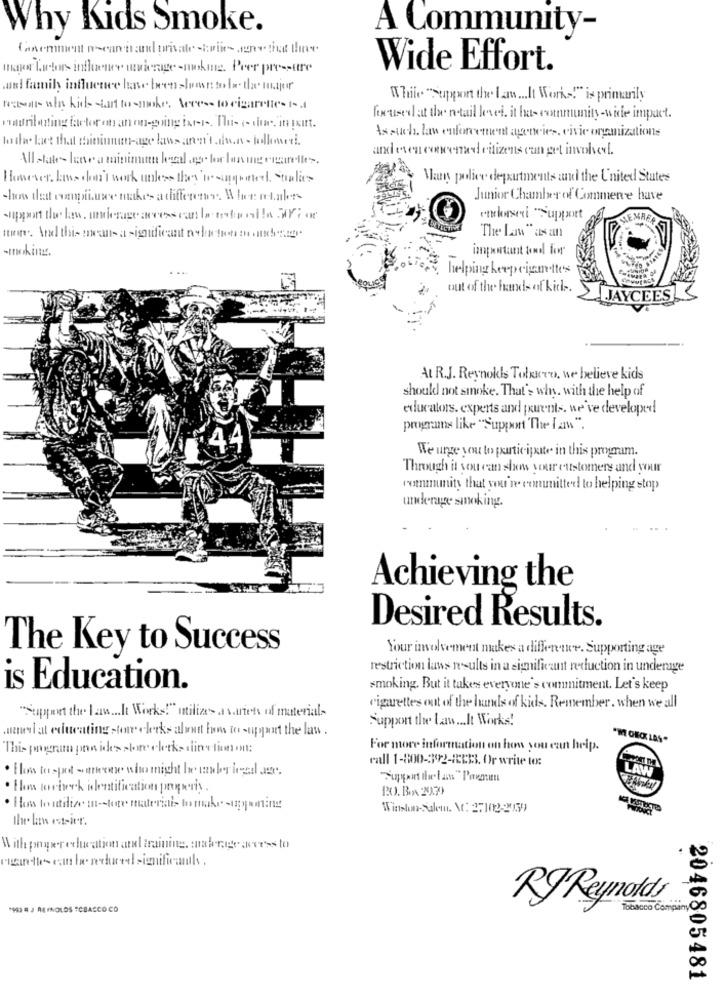
Why Kids Smoke.
A Community-
Conemment neart and private-triestethat fine
major Tutors inthenew wwierage -mokine. Peer pressure
Wide Effort.
and family influence have been=hours to la- the major
While "Support the law ... It Works!" is primarily
ramal-win kide start tosmoke, Aeres- to cigarette-1-
foxused at the retail level. it ha- community-wide impact.
wouributing factor on an on-going ist --. This e- thue, in point.
to the fact that maininnut-age law- aren't dwa - follonesi.
Assuch, law enforcement agencies, civic organizations
and even concemed citizens can get involved.
Allstate~ lane a minimum legal ap for laangegarelles.
However. low- don't work unless they issoquetel Studies
Mans police departments and the United States
how dat compilare makes a difference. Whentake
Junior Chamber of Commerce have
enclosedi Support
The Law " as an
important towol fen
.. +
helping herprigamettes
out of the hands of kids
JAYCEES
At R.J. Reynolds Tobarro, we believe kids
should not smoke. That's why. with the help of
educators. experts and parents. we've developed
programs like "Support "The law".
4
We urge you to participate in this program.
Through it you can show your customers and your
vommunity that you're comunitted to helping stop
underage smoking.
Achieving the
Desired Results.
The Key to Success
Your involvement makes a difference. Supporting age
restriction laws results in a significant reduction in underage
is Education.
smoking. But it takes everyone's commitment. Let's keep
"Support the Law ... It Works!" utilizes a variety of materials
cigarettes out of the hands of kids. Remember. when we all
Support the Law ... It Works!
.el at educating stor clerks about how to support the law .
"M OECK LAS"
This program pon ides store clerk dinctionon:
For more information on how you can help
call 1-800-392-8333. Or write to:
. How to post - interese she might be wanley land ave.
LAW
. Hlas toriwork identification propriy .
PO. BOX 29.79
. How In utilize s-toge materiais to make-upgaming
Winston-Salemn. N: 27102-2059
the laws estsier.
With proper education and training, aberge access to
*9)= ) AINOLOS "CBACCO CO
RJ Reynolds
Tobacco Company
2046805481